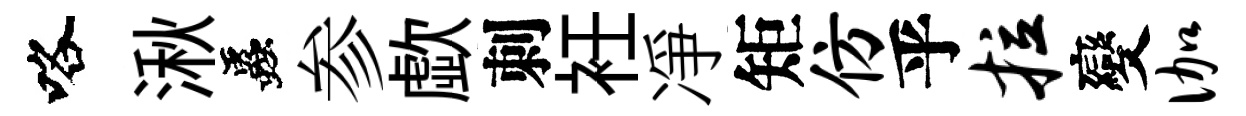
咯湫蟲参歔刺衽凈矩仿乎拉變伽